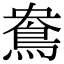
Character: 鴦